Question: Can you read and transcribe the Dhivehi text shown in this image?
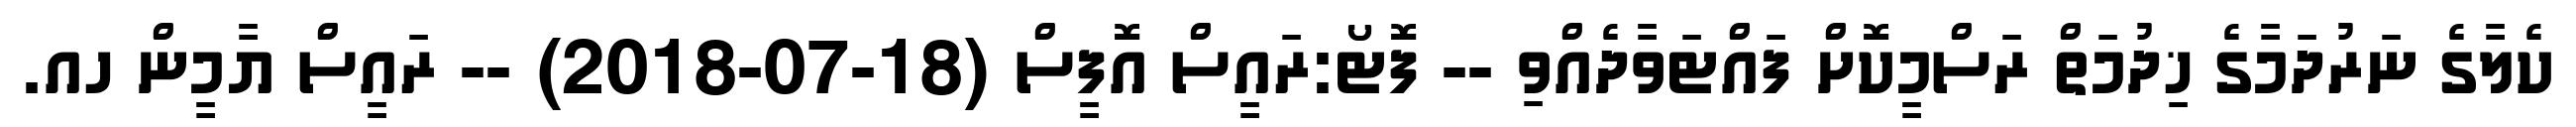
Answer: ކެލާގެ ނަރުދަމާގެ ޚިދުމަތް ރަސްމީކޮށް ފައްޓަވާދެއްވި -- ފޮޓޯ:ރައީސް އޮފީސް (18-07-2018) -- ރައީސް ޔާމީން ހއ.